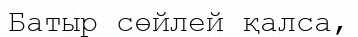
Батыр сөйлей қалса,